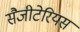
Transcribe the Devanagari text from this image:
सैजीटेरियस